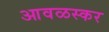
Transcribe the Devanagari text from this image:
आवळस्कर